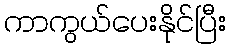
ကာကွယ်ပေးနိုင်ပြီး